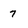
Character: 7